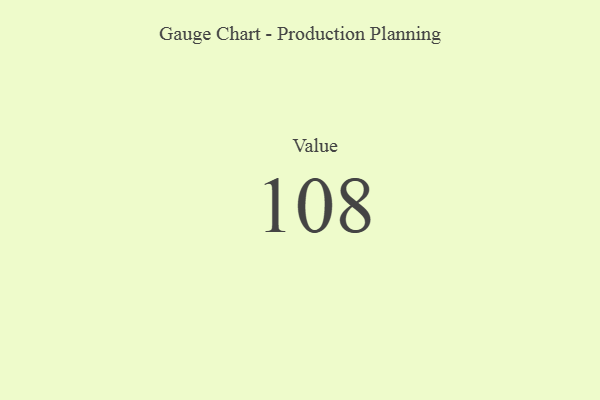
{"axis": {"x": "Metric", "y": "Value"}, "legend": [""], "data": [{"x": "Value", "y": 108, "type": ""}]}